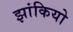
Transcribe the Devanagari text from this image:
झांकियो